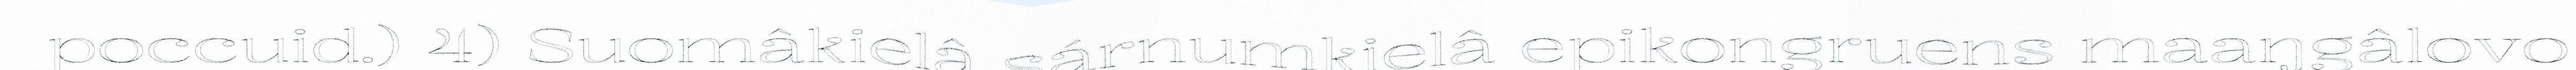
poccuid.) 4) Suomâkielâ sárnumkielâ epikongruens maaŋgâlovo